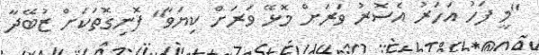
"މީ ފަހު އަހަރު އެސޮރު ވަރަށް މޮޅޭ ވަރަށް ކިޔަވާ" ފޮނިގޮތަކަށް ޒުބޭދާ